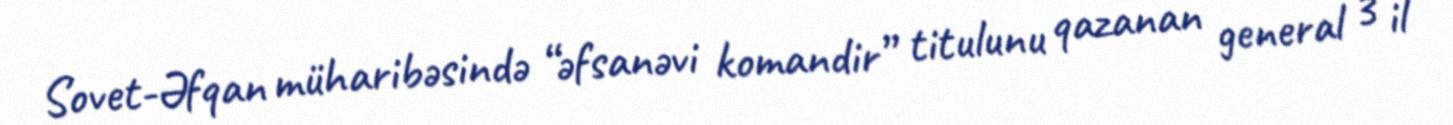
Sovet-Əfqan müharibəsində “əfsanəvi komandir” titulunu qazanan general 3 il